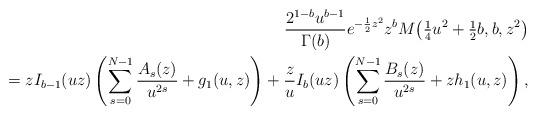
LaTeX: \begin{align*} \frac{2^{1-b}u^{b-1}}{\Gamma(b)} e^{-\frac12z^2}z^b M\big(\tfrac14 u^2+\tfrac12 b,b,z^2\big)\\{} = zI_{b-1}(uz)\left(\sum_{s=0}^{N-1} \frac{A_s(z)}{u^{2s}}+g_1(u,z)\right) +\frac{z}{u}I_b(uz)\left(\sum_{s=0}^{N-1} \frac{B_s(z)}{u^{2s}}+zh_1(u,z)\right),\end{align*}